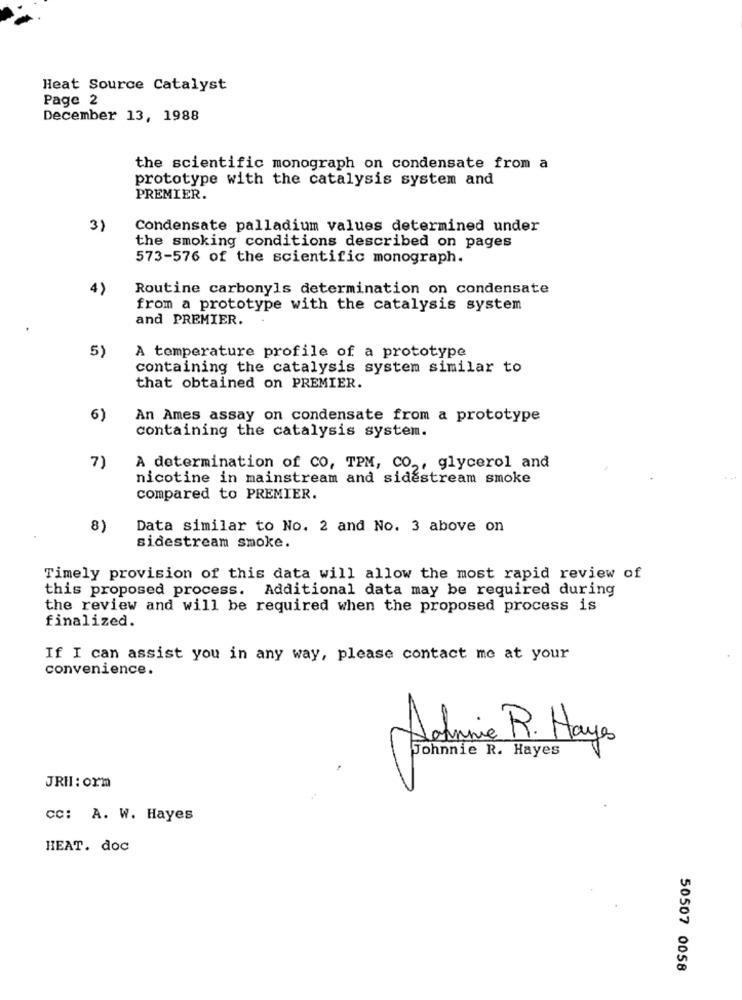
Heat Source Catalyst
Page 2
December 13, 1988
the scientific monograph on condensate from a
prototype with the catalysis system and
PREMIER.
3)
Condensate palladium values determined under
the smoking conditions described on pages
573-576 of the scientific monograph.
4)
Routine carbonyls determination on condensate
from a prototype with the catalysis system
and PREMIER.
5)
A temperature profile of a prototype
containing the catalysis system similar to
that obtained on PREMIER.
6)
An Ames assay on condensate from a prototype
containing the catalysis system.
7)
A determination of CO, TPM, CO ., glycerol and
nicotine in mainstream and sidestream smoke
compared to PREMIER.
8)
Data similar to No. 2 and No. 3 above on
sidestream smoke.
Timely provision of this data will allow the most rapid review of
this proposed process. Additional data may be required during
the review and will be required when the proposed process is
finalized.
If I can assist you in any way, please contact me at your
convenience.
Antoine R. Hayes
Johnnie R. Hayes
JRHI: orm
CC: A. W. Hayes
HEAT. doc
50507 0058